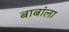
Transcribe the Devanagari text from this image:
बाबांला